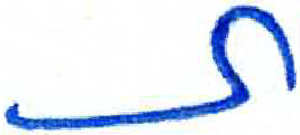
אות: ת